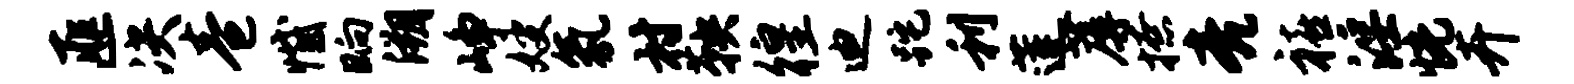
匪决卷憾晌溯峥嫂氛村鞅徨迪跎利莲蓐撩亮禧淫恍卉